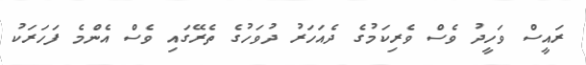
ރައީސް ވަހީދު ވެސް ވެރިކަމުގެ ދެއަހަރު ދުވަހުގެ ތެރޭގައި ވެސް އެންމެ ފަހަރަކު